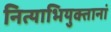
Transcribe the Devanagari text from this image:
नित्याभियुक्तानां